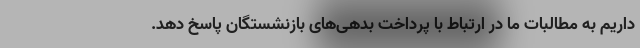
داریم به مطالبات ما در ارتباط با پرداخت بدهی‌های بازنشستگان پاسخ دهد.